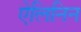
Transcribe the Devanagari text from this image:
ऐलिनिन